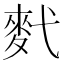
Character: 䴬